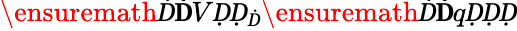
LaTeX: \ensuremath Ḋ\mathbf ḊVḌḌ_{Ḋ}\ensuremath Ḋ\mathbf ḊqḌḌḌ